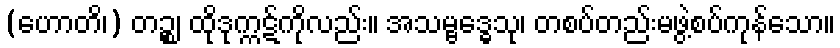
(ဟောတိ၊) တဉ္စ၊ ထိုဒုက္ကဋ်ကိုလည်း။ အသမ္ဗဒ္ဓေသု၊ တစပ်တည်းမဖွဲ့စပ်ကုန်သော။